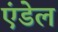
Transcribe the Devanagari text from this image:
एंडेल